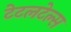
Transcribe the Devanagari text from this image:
टेटलटेल्स